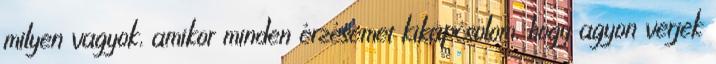
milyen vagyok, amikor minden érzésemet kikapcsolom, hogy agyon verjek